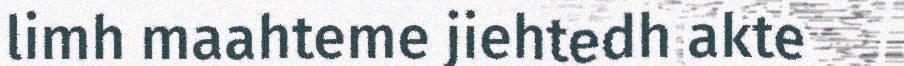
limh maahteme jiehtedh akte